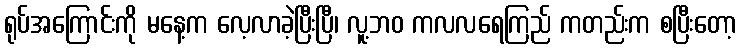
ရုပ်အကြောင်းကို မနေ့က လေ့လာခဲ့ပြီးပြီ၊ လူ့ဘဝ ကလလရေကြည် ကတည်းက စပြီးတော့